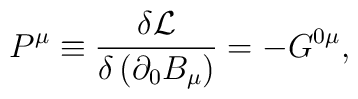
P^\mu \equiv \frac{\delta \mathcal{L}}{\delta \left( \partial _0B_\mu \right) } = -G^{0\mu },